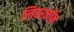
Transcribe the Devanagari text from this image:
लिवरनॉन